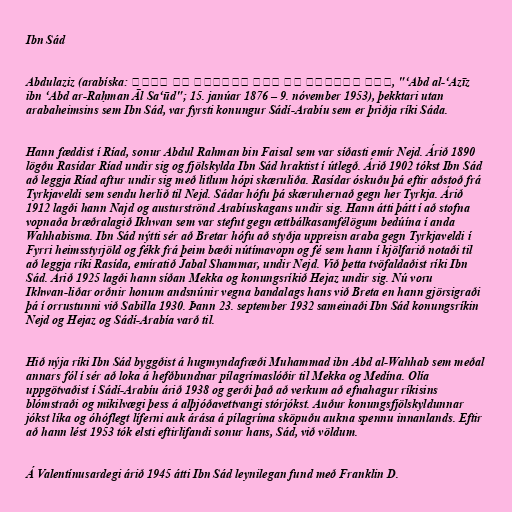
Ibn Sád

Abdulaziz (arabíska: عبد العزيز بن عبد الرحمن آل سعود‎, "‘Abd al-‘Azīz
ibn ‘Abd ar-Raḥman Āl Sa‘ūd"; 15. janúar 1876 – 9. nóvember 1953), þekktari utan
arabaheimsins sem Ibn Sád, var fyrsti konungur Sádí-Arabíu sem er þriðja ríki Sáda.

Hann fæddist í Ríad, sonur Abdul Rahman bin Faisal sem var síðasti emír Nejd. Árið 1890
lögðu Rasídar Ríad undir sig og fjölskylda Ibn Sád hraktist í útlegð. Árið 1902 tókst Ibn Sád
að leggja Ríad aftur undir sig með litlum hópi skæruliða. Rasídar óskuðu þá eftir aðstoð frá
Tyrkjaveldi sem sendu herlið til Nejd. Sádar hófu þá skæruhernað gegn her Tyrkja. Árið
1912 lagði hann Najd og austurströnd Arabíuskagans undir sig. Hann átti þátt í að stofna
vopnaða bræðralagið Ikhwan sem var stefnt gegn ættbálkasamfélögum bedúína í anda
Wahhabisma. Ibn Sád nýtti sér að Bretar hófu að styðja uppreisn araba gegn Tyrkjaveldi í
Fyrri heimsstyrjöld og fékk frá þeim bæði nútímavopn og fé sem hann í kjölfarið notaði til
að leggja ríki Rasída, emíratið Jabal Shammar, undir Nejd. Við þetta tvöfaldaðist ríki Ibn
Sád. Árið 1925 lagði hann síðan Mekka og konungsríkið Hejaz undir sig. Nú voru
Ikhwan-liðar orðnir honum andsnúnir vegna bandalags hans við Breta en hann gjörsigraði
þá í orrustunni við Sabilla 1930. Þann 23. september 1932 sameinaði Ibn Sád konungsríkin
Nejd og Hejaz og Sádí-Arabía varð til.

Hið nýja ríki Ibn Sád byggðist á hugmyndafræði Muhammad ibn Abd al-Wahhab sem meðal
annars fól í sér að loka á hefðbundnar pílagrímaslóðir til Mekka og Medína. Olía
uppgötvaðist í Sádí-Arabíu árið 1938 og gerði það að verkum að efnahagur ríkisins
blómstraði og mikilvægi þess á alþjóðavettvangi stórjókst. Auður konungsfjölskyldunnar
jókst líka og óhóflegt líferni auk árása á pílagríma sköpuðu aukna spennu innanlands. Eftir
að hann lést 1953 tók elsti eftirlifandi sonur hans, Sád, við völdum.

Á Valentínusardegi árið 1945 átti Ibn Sád leynilegan fund með Franklin D.